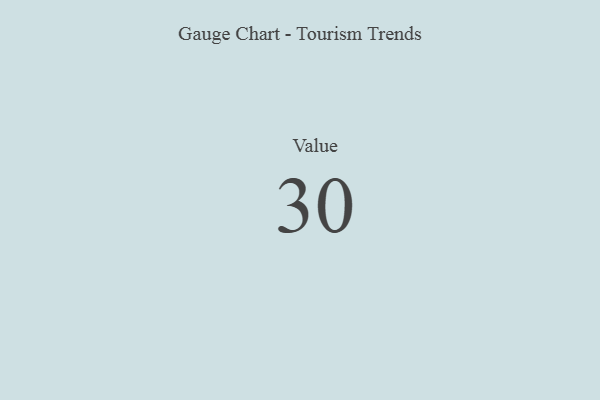
{"axis": {"x": "Metric", "y": "Value"}, "legend": [""], "data": [{"x": "Value", "y": 30, "type": ""}]}